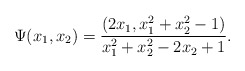
\begin{align*}\Psi(x_1, x_2) =\frac{(2x_1, x_1^2 + x_2^2 - 1)}{x_1^2 + x_2^2 - 2x_2 + 1}.\end{align*}